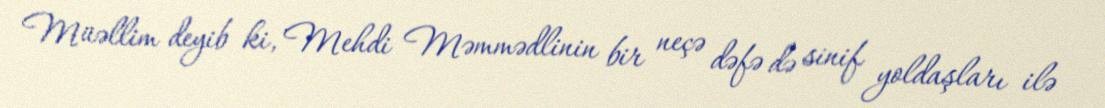
Müəllim deyib ki, Mehdi Məmmədlinin bir neçə dəfə də sinif yoldaşları ilə